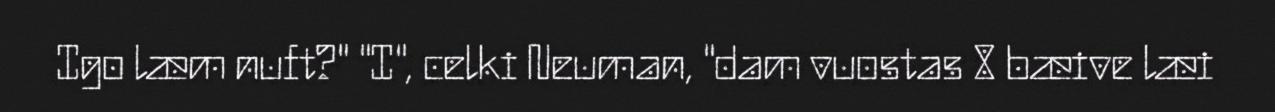
Igo læm nuft?" "I", celki Neuman, "dam vuostas 8 bæive læi